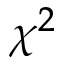
\chi ^ { 2 }